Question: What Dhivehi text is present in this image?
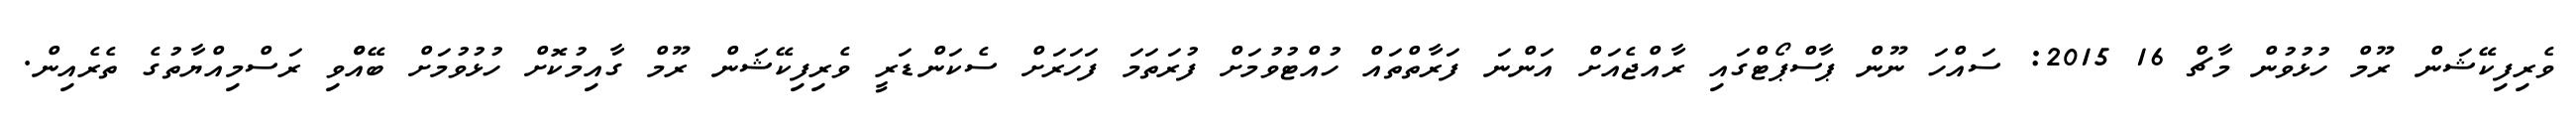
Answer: ވެރިފިކޭޝަން ރޫމް ހުޅުވުން މާޗް 16 2015: ސައްހަ ނޫން ޕާސްޕޯޓްގައި ރާއްޖެއަށް އަންނަ ފަރާތްތައް ހުއްޓުވުމަށް ފުރަތަމަ ފަހަރަށް ސެކަންޑަރީ ވެރިފިކޭޝަން ރޫމް ގާއިމުކޮށް ހުޅުވުމަށް ބޭއްްވި ރަސްމިއްޔާތުގެ ތެރެއިން.